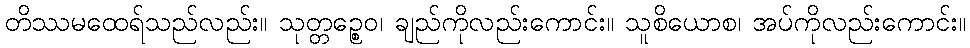
တိဿမထေရ်သည်လည်း။ သုတ္တဉ္စေဝ၊ ချည်ကိုလည်းကောင်း။ သူစိယောစ၊ အပ်ကိုလည်းကောင်း။